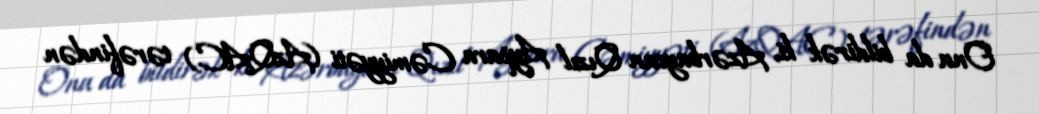
Onu da bildirək ki, Azərbaycan Qızıl Aypara Cəmiyyəti (AzQAC) tərəfindən